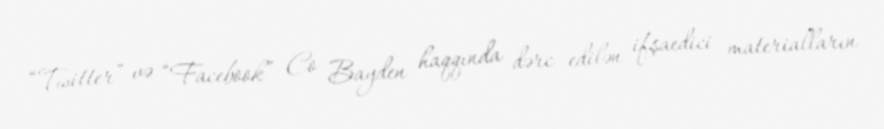
“Twitter” və “Facebook” Co Bayden haqqında dərc edilən ifşaedici materialların